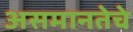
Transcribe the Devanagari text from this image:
असमानतेचे